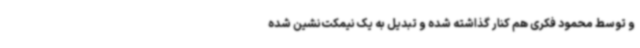
و توسط محمود فکری هم کنار گذاشته شده و تبدیل به یک نیمکت‌نشین شده